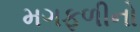
મગફળીનો